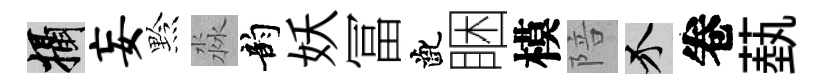
攝妄黔淼韵妖冨齔睏模陪介卷蓺